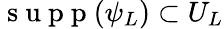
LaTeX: \mathrm{~s~u~p~p~}(\psi_{L})\subset U_{L}